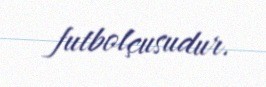
futbolçusudur.